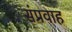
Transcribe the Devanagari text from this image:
संप्रवाह